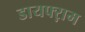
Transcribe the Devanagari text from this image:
डायफ्ऱाम